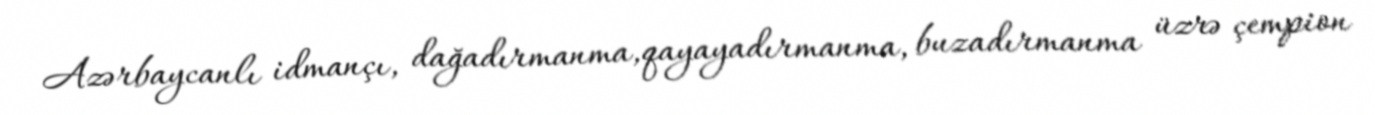
Azərbaycanlı idmançı, dağadırmanma,qayayadırmanma, buzadırmanma üzrə çempion